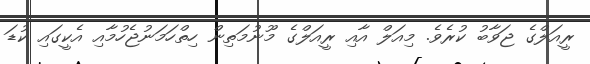
ރީއަލްގެ ޖަވާބު ކުރެވެ. މިއަލް އާއި ރީއަލްގެ މޫނުމަތިން ހިތްހަމަނުޖެހުމާއި އެކީގައި ކުޑަ